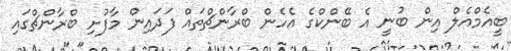
ބީއެމްއެލް އިން ބުނީ އެ ބޭންކްގެ އެހެން ބްރާންޗްތައް ފަދައިން މާފުށި ބްރާންޗްގައި